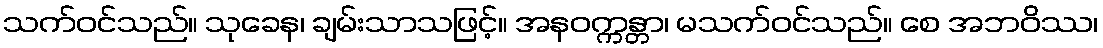
သက်ဝင်သည်။ သုခေန၊ ချမ်းသာသဖြင့်။ အနဝက္ကန္တာ၊ မသက်ဝင်သည်။ စေ အဘဝိဿ၊